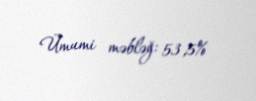
Ümumi məbləğ: 53,5%